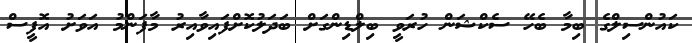
ކައުންސިލްގެ ބިމާ ބެހޭ ސެކްޝަން ހުރަވީ ބިލްޑިންގަށް ބަދަލުކޮށްފައިވާއިރު މާފަންމު އަވަށު އޮފީސް